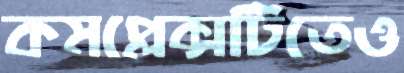
কমপ্লেক্সটিতেও